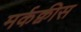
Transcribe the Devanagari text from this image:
मर्कक्वीस